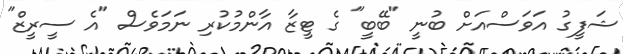
ޝަފީގު އަވަސްއަށް ބުނީ "ބޭބީ" ގެ ޓީޒާ އާންމުކުރި ނަމަވެސް "އެ ސީރީޒް"